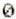
0